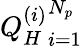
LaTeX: {Q_{H}^{(i)}}_{i=1}^{N_{p}}